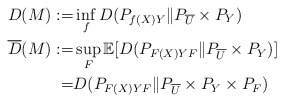
\begin{align*}D(M) :=& \inf_f D(P_{f(X)Y} \| P_{\overline{U}}\times P_Y) \\\overline{D}(M) :=& \sup_F \mathbb{E} [ D(P_{F(X)Y F} \| P_{\overline{U}}\times P_Y)] \\=& D(P_{F(X)Y F} \| P_{\overline{U}}\times P_Y\times P_F)\end{align*}